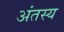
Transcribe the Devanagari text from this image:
अंतस्य